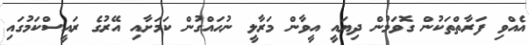
އެއްވި ފަރާތްތަކުން ގޮވަމުން ދިޔައީ އީވާން މަރާލީ ނުޙައްގުން ކަމަށާއި އޭރުގެ ރައީސްކަމުގައި